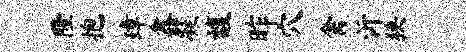
隆抱璋鑫凝馥昨穴禽沂狭